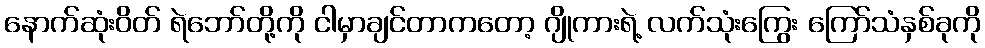
နောက်ဆုံးဝိတ် ရဲဘော်တို့ကို ငါမှာချင်တာကတော့ ဂျိုကားရဲ့ လက်သုံးကြွေး ကြော်သံနှစ်ခုကို